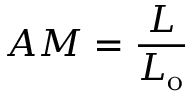
A M = { \frac { L } { L _ { \mathrm { o } } } }